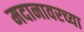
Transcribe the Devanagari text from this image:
मदानावरच्या